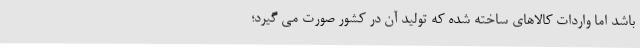
باشد اما واردات کالاهای ساخته شده که تولید آن در کشور صورت می گیرد؛